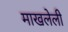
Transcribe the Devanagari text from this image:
माखलेली